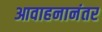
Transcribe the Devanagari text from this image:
आवाहनानंतर